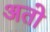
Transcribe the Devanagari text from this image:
अतो